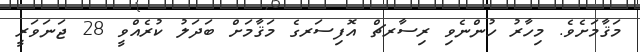
މަޤާމަށެވެ. މިހާރު ހުންނެވި ރިސާރޗް އޮފިސަރގެ މަޤާމަށް ބަދަލު ކުރެއްވީ 28 ޖަނަވަރީ